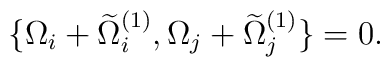
\{\Omega_{i}+ \widetilde{\Omega}^{(1)}_{i},            \Omega_{j}+ \widetilde{\Omega}^{(1)}_{j} \} = 0.